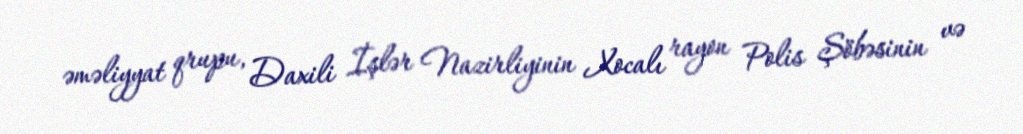
əməliyyat qrupu, Daxili İşlər Nazirliyinin Xocalı rayon Polis Şöbəsinin və